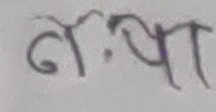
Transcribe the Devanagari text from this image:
ने.पा.